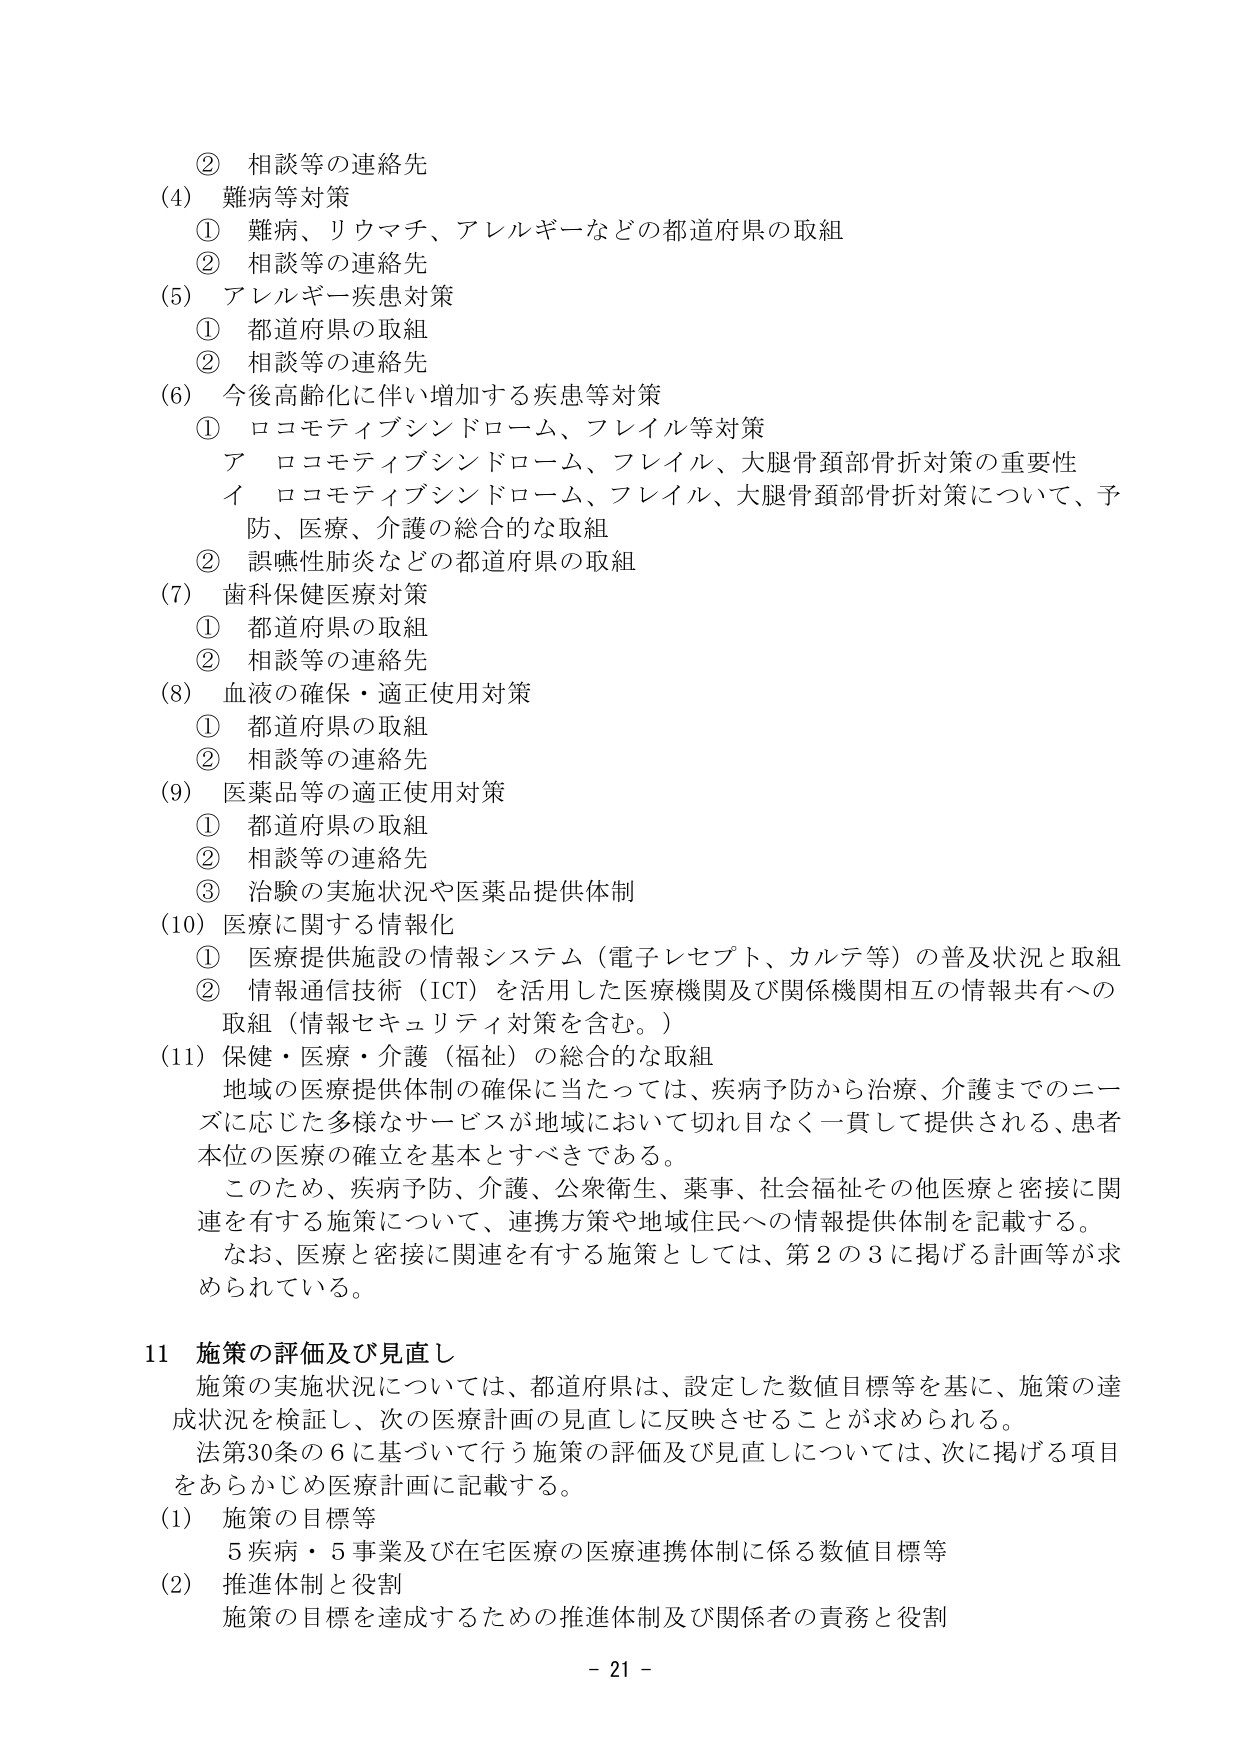
② 相談等の連絡先
(4) 難病等対策
　① 難病、リウマチ、アレルギーなどの都道府県の取組
　② 相談等の連絡先
(5) アレルギー疾患対策
　① 都道府県の取組
　② 相談等の連絡先
(6) 今後高齢化に伴い増加する疾患等対策
　① ロコモティブシンドローム、フレイル等対策
　　　ア ロコモティブシンドローム、フレイル、大腿骨頸部骨折対策の重要性
　　　イ ロコモティブシンドローム、フレイル、大腿骨頸部骨折対策について、予防、医療、介護の総合的な取組
　② 誤嚥性肺炎などの都道府県の取組
(7) 歯科保健医療対策
　① 都道府県の取組
　② 相談等の連絡先
(8) 血液の確保・適正使用対策
　① 都道府県の取組
　② 相談等の連絡先
(9) 医薬品等の適正使用対策
　① 都道府県の取組
　② 相談等の連絡先
　③ 治験の実施状況や医薬品提供体制
(10) 医療に関する情報化
　① 医療提供施設の情報システム（電子レセプト、カルテ等）の普及状況と取組
　② 情報通信技術（ICT）を活用した医療機関及び関係機関相互の情報共有への取組（情報セキュリティ対策を含む。）
(11) 保健・医療・介護（福祉）の総合的な取組
　地域の医療提供体制の確保に当たっては、疾病予防から治療、介護までのニーズに応じた多様なサービスが地域において切れ目なく一貫して提供される、患者本位の医療の確立を基本とすべきである。
　このため、疾病予防、介護、公衆衛生、薬事、社会福祉その他医療と密接に関連を有する施策について、連携方策や地域住民への情報提供体制を記載する。
　なお、医療と密接に関連を有する施策としては、第2の3に掲げる計画等が求められている。

11 施策の評価及び見直し
　施策の実施状況については、都道府県は、設定した数値目標等を基に、施策の達成状況を検証し、次の医療計画の見直しに反映させることが求められる。
　法第30条の6に基づいて行う施策の評価及び見直しについては、次に掲げる項目をあらかじめ医療計画に記載する。
(1) 施策の目標等
　　5疾病・5事業及び在宅医療の医療連携体制に係る数値目標等
(2) 推進体制と役割
　　施策の目標を達成するための推進体制及び関係者の責務と役割
- 21 -